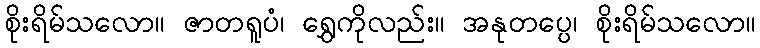
စိုးရိမ်သလော။ ဇာတရူပံ၊ ရွှေကိုလည်း။ အနုတပ္ပေ၊ စိုးရိမ်သလော။